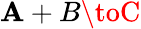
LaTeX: \mathbf{A}+B\toC